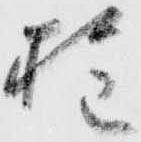
権